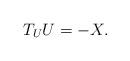
LaTeX: \begin{align*}T_{U} U= - X.\end{align*}